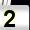
Digit: 2